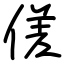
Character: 傞